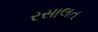
રસાલત